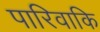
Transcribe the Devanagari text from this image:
पारिवाकि